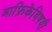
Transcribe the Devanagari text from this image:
आफ्रिकेविषयी